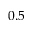
0 . 5